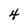
Character: 4